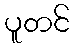
ပူတင်